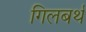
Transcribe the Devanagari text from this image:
गिलबर्थ